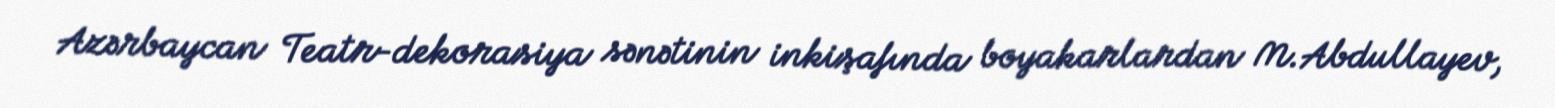
Azərbaycan Teatr-dekorasiya sənətinin inkişafında boyakarlardan M.Abdullayev,